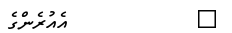
٧         އެއުރެންގެ